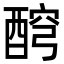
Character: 𨡗